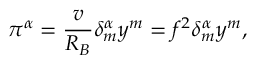
\pi ^ { \alpha } = \frac { v } { R _ { B } } \delta _ { m } ^ { \alpha } y ^ { m } = f ^ { 2 } \delta _ { m } ^ { \alpha } y ^ { m } ,